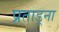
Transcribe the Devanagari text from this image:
प्रताड़्ना